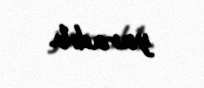
yaradıb.